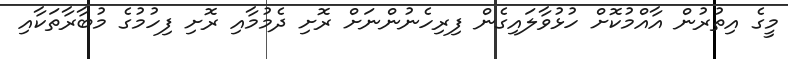
މީގެ އިތުރުން އާއްމުކޮށް ހުޅުވާލައިގެން ފިރިހެނުންނަށް ރޮށި ދެމުމާއި ރޮށި ފިހުމުގެ މުބާރާތަކާއި